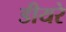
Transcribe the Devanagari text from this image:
डीयरे